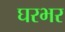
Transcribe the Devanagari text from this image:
घरभर